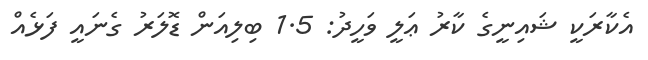
އެކާރަކީ ޝައިނީގެ ކާރު ޢަލީ ވަހީދު: 1.5 ބިލިއަން ޑޮލަރު ގެނައީ ފަޅެއް